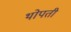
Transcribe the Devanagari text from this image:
थोपती